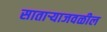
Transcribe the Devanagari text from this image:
साताऱ्याजवळील